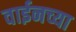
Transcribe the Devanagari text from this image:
वाईनच्या